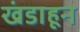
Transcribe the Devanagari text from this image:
खंडाहून